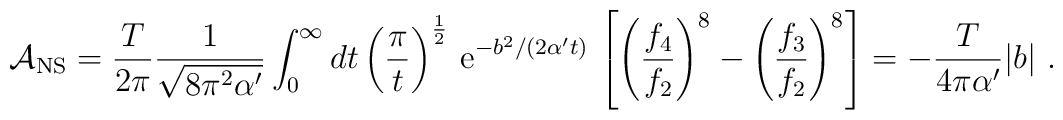
{\cal A}_{\rm NS}= \frac{T}{2\pi}{1\over  \sqrt{8\pi^2\alpha'}}\int_0^\infty{dt} \left(\pi\over t \right)^{1\over 2}\,{\rm e}^{-b^2 /(2\alpha' t)}\,\left[ \left({f_4\over f_2}\right)^8 - \left({f_3\over f_2}\right)^8\right]  = -{T\over 4\pi\alpha'}|b|~.